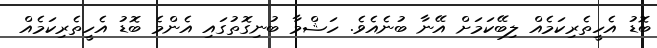
ބޮޑު އެހީތެރިކަމެއް ލިބޭކަމަށް އޭނާ ބުނެއެވެ. ހަޝްމާ ބުނިގޮތުގައި އެންމެ ބޮޑު އެހީތެރިކަމެއް